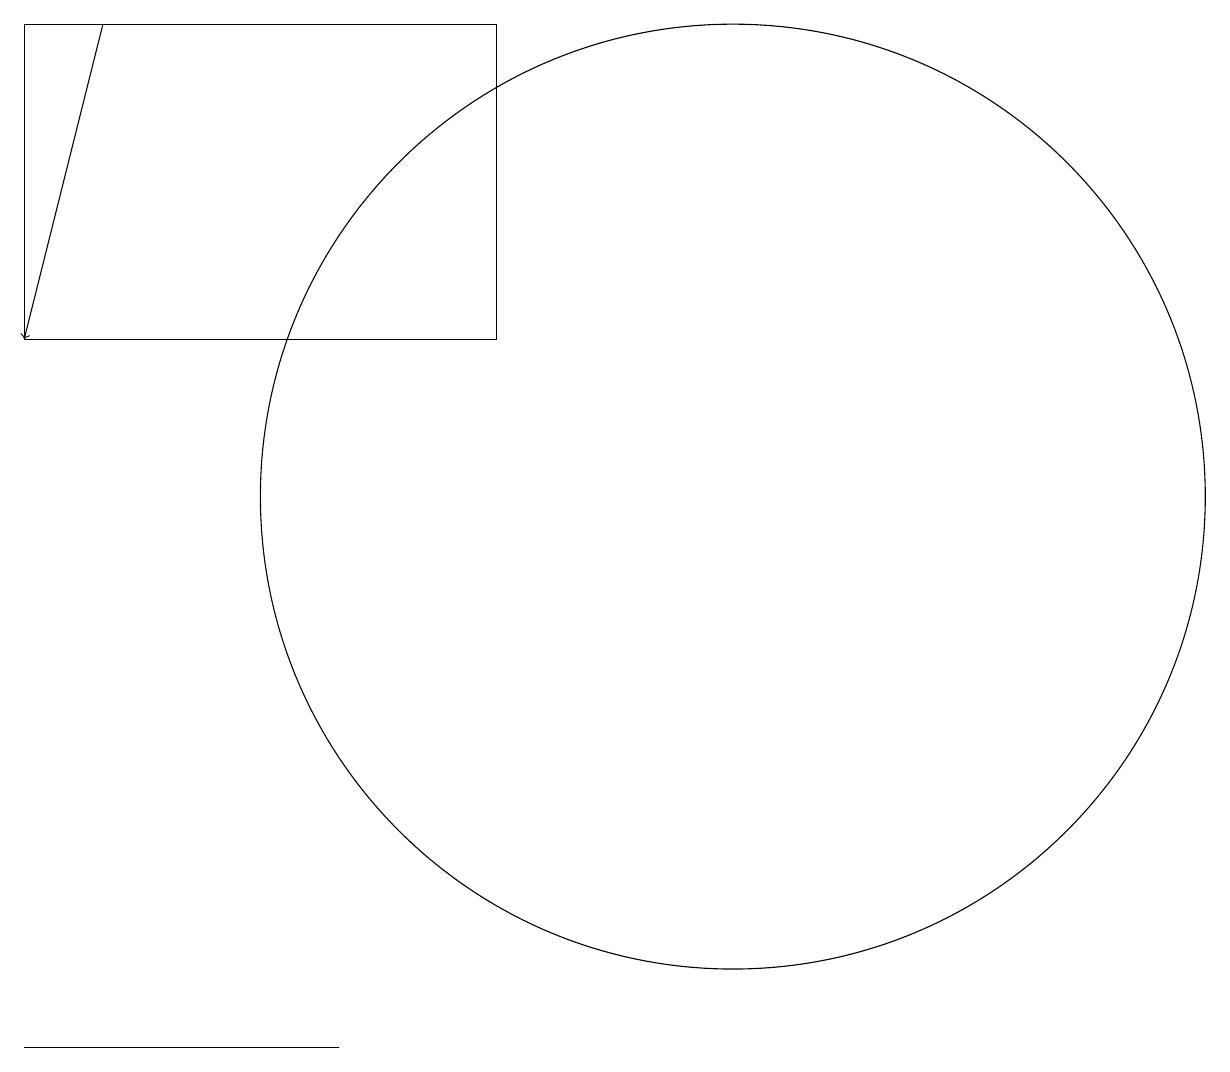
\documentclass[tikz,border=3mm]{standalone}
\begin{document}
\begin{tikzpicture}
\draw (8,13) rectangle (2,17);
\draw[->] (3,17) -- (2,13);
\draw (3,4) -- (2,4) -- (6,4) -- cycle;
\draw (11,11) circle (6);
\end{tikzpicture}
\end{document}